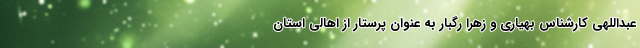
عبداللهی کارشناس بهیاری و زهرا رگبار به عنوان پرستار از اهالی استان